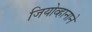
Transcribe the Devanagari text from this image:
जियोव्हानाने